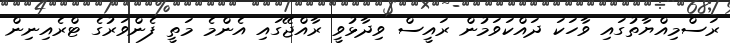
ރަސްމިއްޔާތުގައި ވާހަކަ ދައްކަވަމުން ރައީސް ވިދާޅުވީ ރާއްޖޭގައި އެންމެ މަތީ ފެންވަރުގެ ޓްރެއިނިން